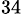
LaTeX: ^{34}